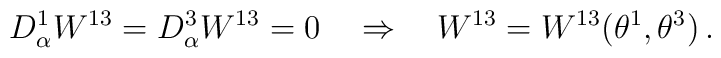
D^1_\alpha W^{13} = D^3_\alpha W^{13}= 0\quad \Rightarrow \quad  W^{13} =W^{13}(\theta^1,\theta^3)\,.